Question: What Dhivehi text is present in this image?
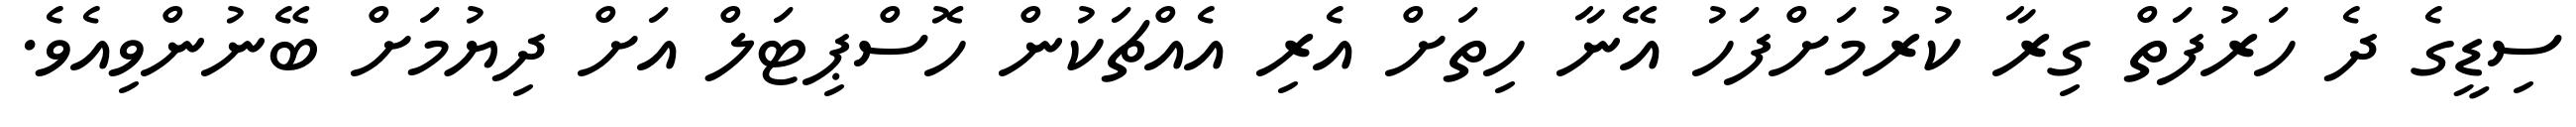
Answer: ސިޑީގެ ދެ ހަރުފަތް ގިރާ ކުރުމަށްފަހު އޭނާ ހިތަށް އެރި އެއްޗަކުން ހޮސްޕިޓަލް އަށް ދިޔުމަށް ބޭނުންވިއެވެ.